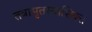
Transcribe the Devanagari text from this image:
तत्रामृतस्यासिक्तं